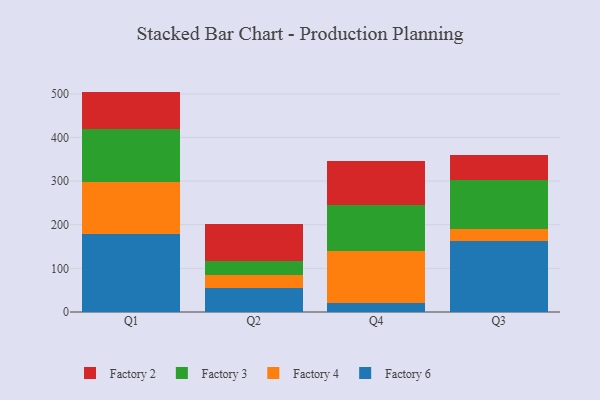
{"axis": {"x": "Quarter", "y": "Bounce Rate (%)"}, "legend": ["Factory 2", "Factory 3", "Factory 4", "Factory 6"], "data": [{"x": "Q1", "y": 178.8, "type": "Factory 6"}, {"x": "Q1", "y": 119.5, "type": "Factory 4"}, {"x": "Q1", "y": 120.2, "type": "Factory 3"}, {"x": "Q1", "y": 86.6, "type": "Factory 2"}, {"x": "Q2", "y": 54.7, "type": "Factory 6"}, {"x": "Q2", "y": 30.2, "type": "Factory 4"}, {"x": "Q2", "y": 32.9, "type": "Factory 3"}, {"x": "Q2", "y": 83.1, "type": "Factory 2"}, {"x": "Q4", "y": 19.5, "type": "Factory 6"}, {"x": "Q4", "y": 120.9, "type": "Factory 4"}, {"x": "Q4", "y": 104.8, "type": "Factory 3"}, {"x": "Q4", "y": 102.0, "type": "Factory 2"}, {"x": "Q3", "y": 161.7, "type": "Factory 6"}, {"x": "Q3", "y": 28.8, "type": "Factory 4"}, {"x": "Q3", "y": 111.1, "type": "Factory 3"}, {"x": "Q3", "y": 59.1, "type": "Factory 2"}]}